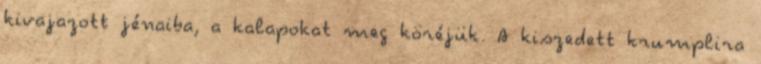
kivajazott jénaiba, a kalapokat meg köréjük. A kiszedett krumplira